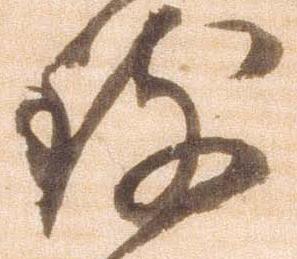
致